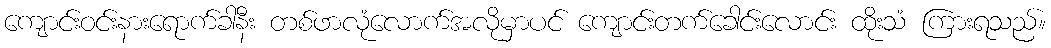
ကျောင်းဝင်းနားရောက်ခါနီး တစ်ဖာလုံလောက်အလိုမှာပင် ကျောင်းတက်ခေါင်းလောင်း ထိုးသံ ကြားရသည်။